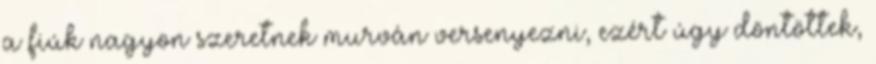
a fiúk nagyon szeretnek murván versenyezni, ezért úgy döntöttek,